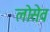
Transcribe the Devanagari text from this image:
लोसेव